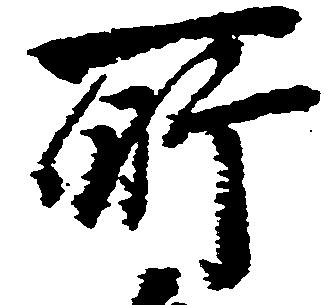
所